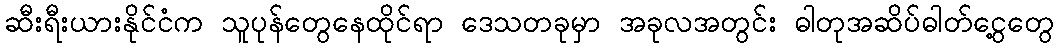
ဆီးရီးယားနိုင်ငံက သူပုန်တွေနေထိုင်ရာ ဒေသတခုမှာ အခုလအတွင်း ဓါတုအဆိပ်ဓါတ်ငွေ့တွေ